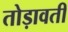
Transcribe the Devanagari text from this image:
तोड़ावती